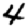
Digit: 4